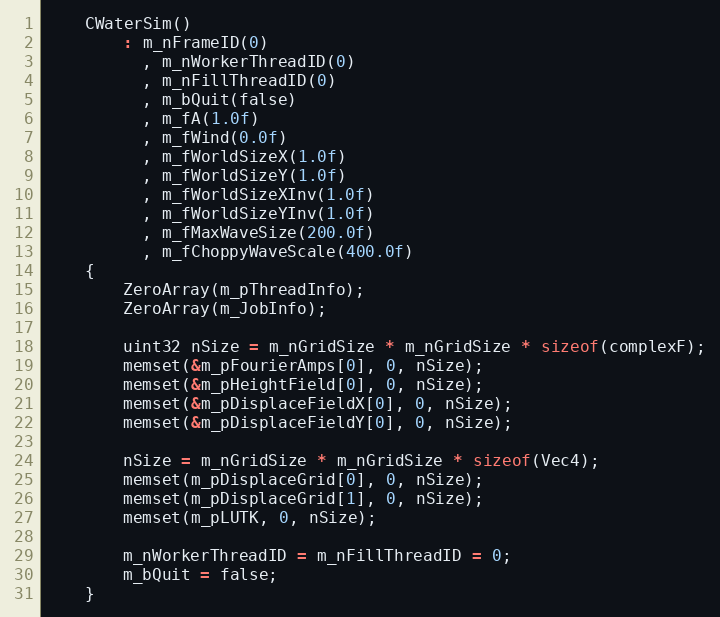
Language: C++
	CWaterSim()
		: m_nFrameID(0)
		  , m_nWorkerThreadID(0)
		  , m_nFillThreadID(0)
		  , m_bQuit(false)
		  , m_fA(1.0f)
		  , m_fWind(0.0f)
		  , m_fWorldSizeX(1.0f)
		  , m_fWorldSizeY(1.0f)
		  , m_fWorldSizeXInv(1.0f)
		  , m_fWorldSizeYInv(1.0f)
		  , m_fMaxWaveSize(200.0f)
		  , m_fChoppyWaveScale(400.0f)
	{
		ZeroArray(m_pThreadInfo);
		ZeroArray(m_JobInfo);

		uint32 nSize = m_nGridSize * m_nGridSize * sizeof(complexF);
		memset(&m_pFourierAmps[0], 0, nSize);
		memset(&m_pHeightField[0], 0, nSize);
		memset(&m_pDisplaceFieldX[0], 0, nSize);
		memset(&m_pDisplaceFieldY[0], 0, nSize);

		nSize = m_nGridSize * m_nGridSize * sizeof(Vec4);
		memset(m_pDisplaceGrid[0], 0, nSize);
		memset(m_pDisplaceGrid[1], 0, nSize);
		memset(m_pLUTK, 0, nSize);

		m_nWorkerThreadID = m_nFillThreadID = 0;
		m_bQuit = false;
	}